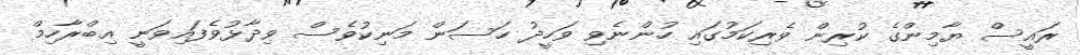
ރައީސް ޔާމިންގެ ކުރިން ވެރިކަމުގައި ހުންނެވި ވަހީދު ހަސަން މަނިކުވެސް ވިދާޅުވެފައިވަނީ އިބްރާހިމް